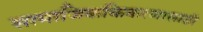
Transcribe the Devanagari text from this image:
सामाजिककिकरणासाठी